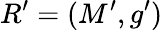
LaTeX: R^{\prime}=(M^{\prime},g^{\prime})